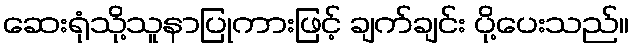
ဆေးရုံသို့သူနာပြုကားဖြင့် ချက်ချင်း ပို့ပေးသည်။